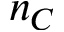
n _ { C }